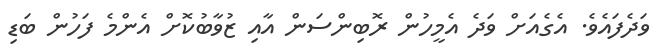
ވަދެފައެވެ. އެގެއަށް ވަދެ އެމީހުން ރޮބިންސަން އާއި ޒުވާބުކޮށް އެންމެ ފަހުން ބަޑި